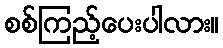
စစ်ကြည့်ပေးပါလား။